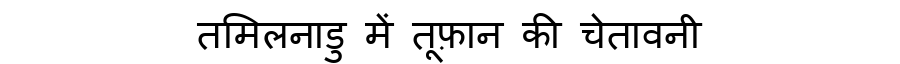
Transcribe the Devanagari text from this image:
तमिलनाडु में तूफ़ान की चेतावनी